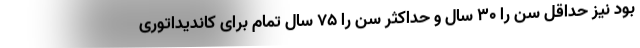
بود نیز حداقل سن را ۳۰ سال و حداکثر سن را ۷۵ سال تمام برای کاندیداتوری